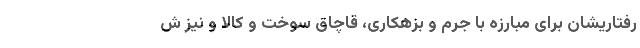
رفتاریشان برای مبارزه با جرم و بزهکاری، قاچاق سوخت و کالا و نیز ش